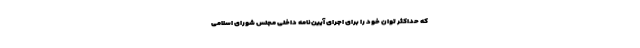
که حداکثر توان خود را برای اجرای آیین‌نامه داخلی مجلس شورای اسلامی